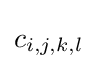
c_{i,j,k,l}